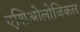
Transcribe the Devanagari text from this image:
एशिओलोजिकल